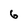
Character: 6